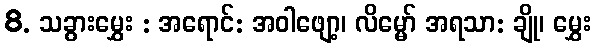
8. သခွားမွှေး : အရောင်: အဝါဖျော့၊ လိမ္မော် အရသာ: ချို၊ မွှေး